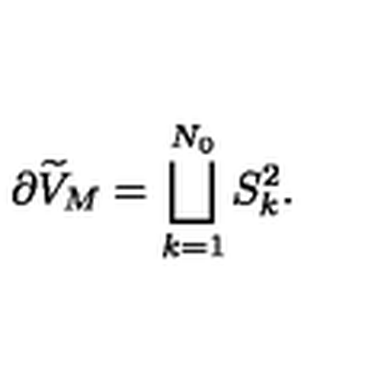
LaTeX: \partial \widetilde { V } _ { M } = \bigsqcup _ { k = 1 } ^ { N _ { 0 } } S _ { k } ^ { 2 } .